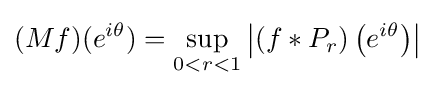
(Mf)(e^{i\theta })=\sup _{0<r<1}\left|(f*P_{r})\left(e^{i\theta }\right)\right|